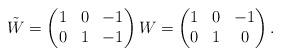
LaTeX: \begin{align*}\tilde W =\begin{pmatrix}1 & 0 &-1 \\0 & 1 &-1\end{pmatrix} W =\begin{pmatrix}1 & 0 &-1 \\0 & 1 & 0\end{pmatrix} .\end{align*}